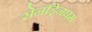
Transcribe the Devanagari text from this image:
सेनड्रिनघम